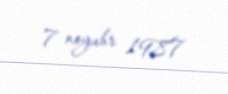
7 noyabr 1987